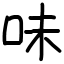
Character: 味